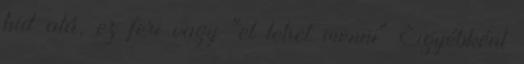
hid alá, ez feri vagy "el lehet menni" Egyébként